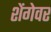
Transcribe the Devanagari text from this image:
शेंगेवर